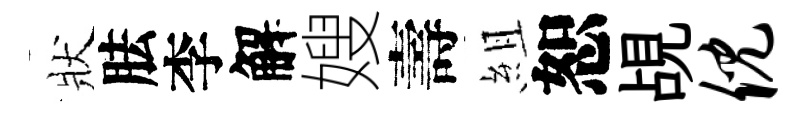
狀胠李解嫂壽組恕覘倪